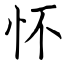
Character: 怀